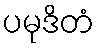
ပမုဒိတံ